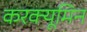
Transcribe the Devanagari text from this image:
करक्यूमिन